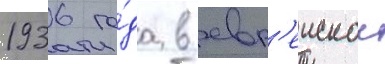
1936 го́да в евр'еискои